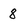
Character: 8